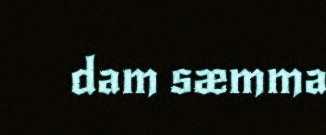
dam sæmma